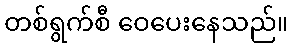
တစ်ရွက်စီ ဝေပေးနေသည်။